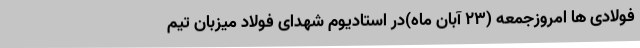
فولادی ها امروزجمعه (23 آبان ماه)در استادیوم شهدای فولاد میزبان تیم